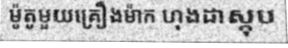
ម៉ូតូមួយគ្រឿងម៉ាក ហុងដាស្កុប